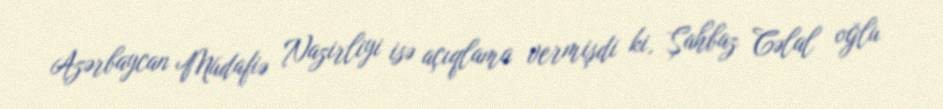
Azərbaycan Müdafiə Nazirliyi isə açıqlama vermişdi ki, Şahbaz Cəlal oğlu